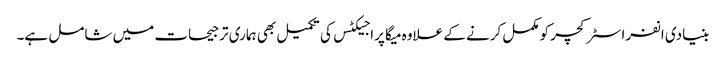
بنیادی انفراسٹرکچر کومکمل کرنے کے علاوہ میگا پراجیکٹس کی تکمیل بھی ہماری ترجیحات میں شامل ہے۔